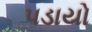
પડાયો